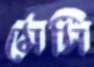
মেসি